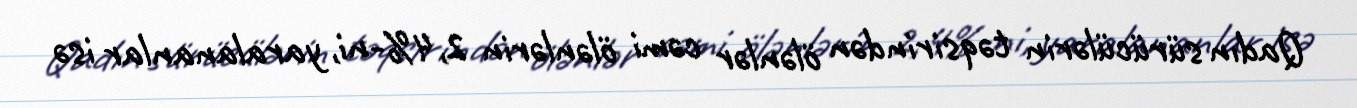
Qadın sürücülərin təqsirindən ölənlər cəmi ölənlərin 2,4%-ni, yaralananlar isə